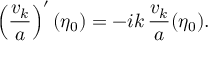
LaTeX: \left( \frac { v _ { k } } { a } \right) ^ { \prime } ( \eta _ { 0 } ) = - i k \, \frac { v _ { k } } { a } ( \eta _ { 0 } ) .